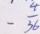
- \frac { 4 } { 3 6 }